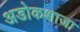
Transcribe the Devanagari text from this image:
अडोकशाजा